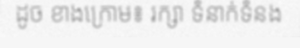
ដូច ខាងក្រោម៖ រក្សា ទំនាក់ទំនង